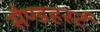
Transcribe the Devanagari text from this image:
सैण्डहर्स्ट